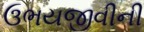
ઉભયજીવીની